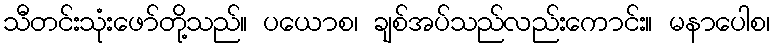
သီတင်းသုံးဖော်တို့သည်။ ပယောစ၊ ချစ်အပ်သည်လည်းကောင်း။ မနာပေါစ၊